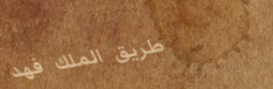
طريق الملك فهد